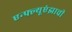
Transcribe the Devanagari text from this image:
एन्फ्ल्यूएंझाची